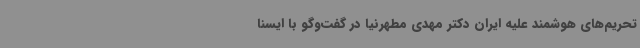
تحریم‌های هوشمند علیه ایران دکتر مهدی مطهرنیا در گفت‌وگو با ایسنا